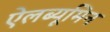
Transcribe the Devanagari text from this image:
ऐलब्यूमिन